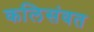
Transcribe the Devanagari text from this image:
कलिसंवत